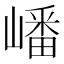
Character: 嶓